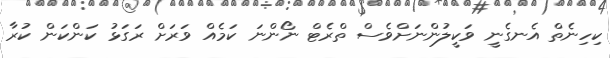
ކިހިނެތް އެނގެނީ ވަކީލުންނަށްވެސް ތްރެޓް ނޯންނަ ކަމެއް ވަރަށް ރަގަޅު ކަންކަން ކުރާ